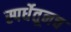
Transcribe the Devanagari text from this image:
स्पर्धेतूनच